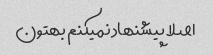
اصلا پیشنهاد نمیکنم بهتون